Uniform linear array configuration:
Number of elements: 24
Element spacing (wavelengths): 1
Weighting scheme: exponential
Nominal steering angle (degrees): -60
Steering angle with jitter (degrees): -60.869
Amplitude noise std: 0.05
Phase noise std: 0.05

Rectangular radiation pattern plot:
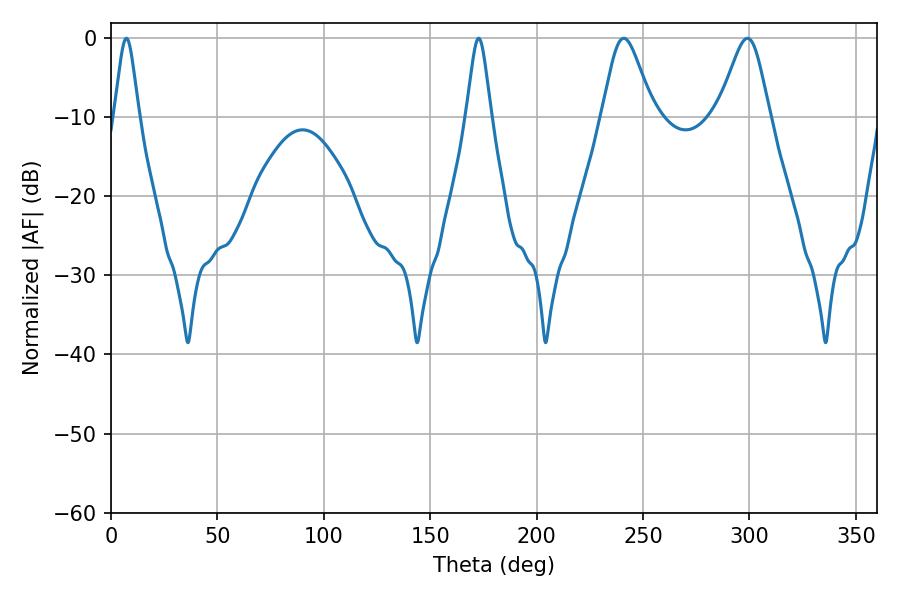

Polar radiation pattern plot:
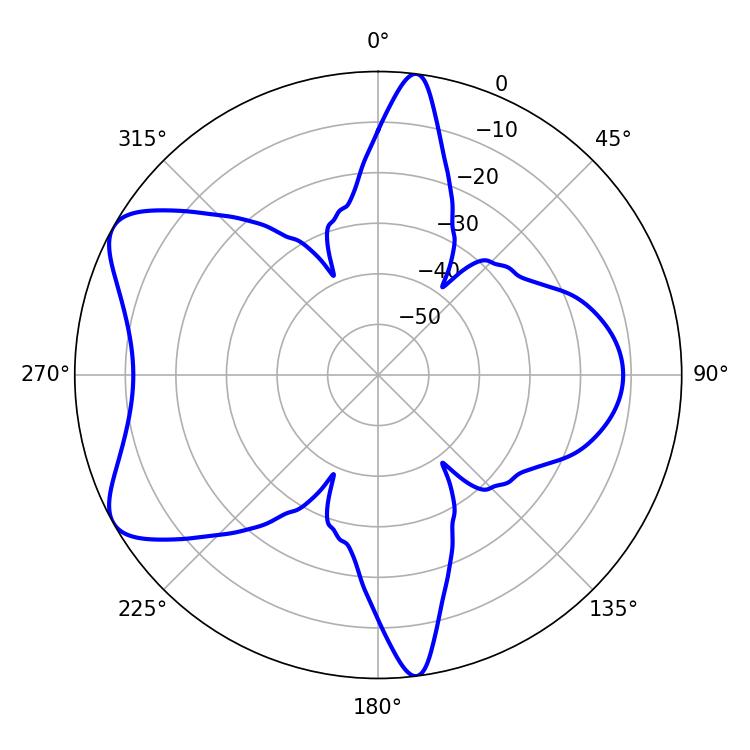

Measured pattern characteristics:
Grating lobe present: TRUE
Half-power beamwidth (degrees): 5.58
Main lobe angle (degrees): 7.2